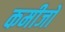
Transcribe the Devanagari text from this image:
कमीजों